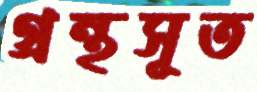
গ্রন্থসূত